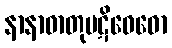
နာနာဓာတုပဋိဝေဓော